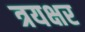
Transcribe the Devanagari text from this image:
त्रयक्षर